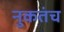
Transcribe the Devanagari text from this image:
नुकतंच